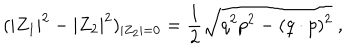
( | Z _ { 1 } | ^ { 2 } - | Z _ { 2 } | ^ { 2 } ) _ { | Z _ { 2 } | = 0 } = { \frac { 1 } { 2 } } \sqrt { q ^ { 2 } p ^ { 2 } - ( q \cdot p ) ^ { 2 } } \ ,